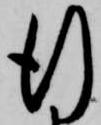
行